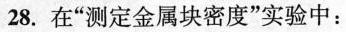
28.在”测定金属块密度”实验中：